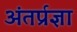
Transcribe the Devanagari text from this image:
अंतर्प्रज्ञा